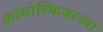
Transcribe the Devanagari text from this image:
क्रोमोस्फियरच्या